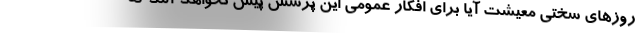
روزهای سختی معیشت آیا برای افکار عمومی این پرسش پیش نخواهد آمد که